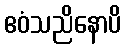
ဧဝံသညိနောပိ